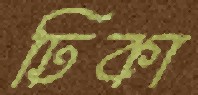
ঢিকা